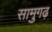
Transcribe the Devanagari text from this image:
सामुगढ़